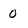
Character: 0